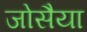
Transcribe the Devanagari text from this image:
जोसैया